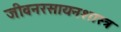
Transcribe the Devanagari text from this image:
जीवनरसायनशास्त्र